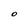
Character: O